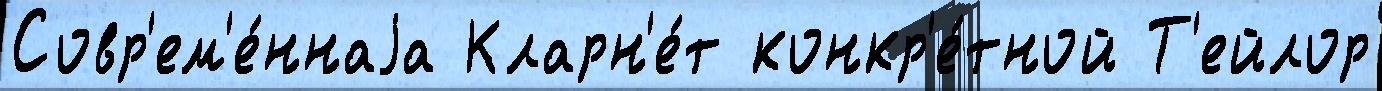
Совр'ем'е́ннаjа Кларн'е́т конкр'е́тной Т'ейлор